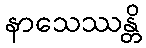
နာသေဿန္တိ